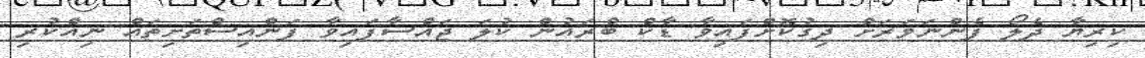
ކިރިޔާ ދެލޯ ފެންނަވަރަށް ދިގުކޮށްފައިވާ ޑާކް ބްރައުން ކުލަ ޖައްސާފައިވާ ފަންއިސްތަށިތައް ނިއްކުރި